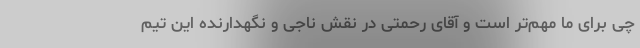
چی برای ما مهم‌تر است و آقای رحمتی در نقش ناجی و نگهدارنده این تیم